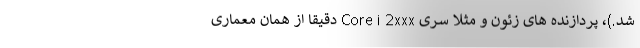
شد.)، پردازنده های زئون و مثلا سری Core i 2xxx دقیقا از همان معماری